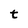
Character: t